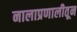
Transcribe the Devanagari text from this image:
नालाप्रणालीतून